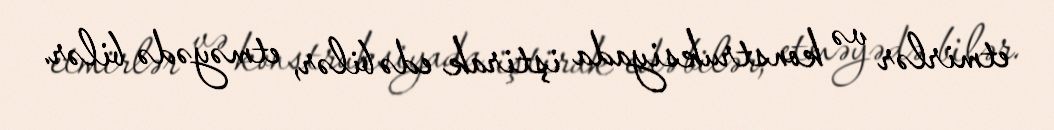
etmirlər və konstruksiyada iştirak edə bilər, etməyədə bilər.